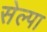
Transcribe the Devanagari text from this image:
सेल्पा